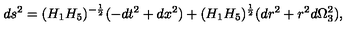
d s ^ { 2 } = ( H _ { 1 } H _ { 5 } ) ^ { - \frac { 1 } { 2 } } ( - d t ^ { 2 } + d x ^ { 2 } ) + ( H _ { 1 } H _ { 5 } ) ^ { \frac { 1 } { 2 } } ( d r ^ { 2 } + r ^ { 2 } d \Omega _ { 3 } ^ { 2 } ) ,